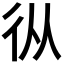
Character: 𢓅